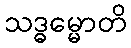
သဒ္ဓမ္မောတိ